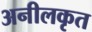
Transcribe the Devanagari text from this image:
अनीलकृत